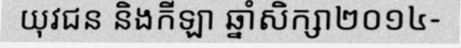
យុវជន និងកីឡា ឆ្នាំសិក្សា២០១៤-